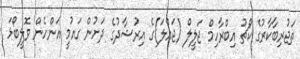
ތަޖުރިބާކާރުގެ ކޯޗު އިބްރާހިމް ޖަލީލް (ޖައްލަ)ގެ އިރުޝާދުގެ ދަށުން ގައުމީ އަންހެން ވޮލީބޯޅަ